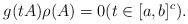
LaTeX: \begin{align*}g(tA)\rho(A) = 0 (t \in [a,b]^c).\end{align*}